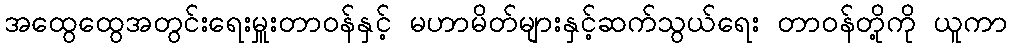
အထွေထွေအတွင်းရေးမှူးတာဝန်နှင့် မဟာမိတ်များနှင့်ဆက်သွယ်ရေး တာဝန်တို့ကို ယူကာ